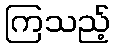
ကြသည့်